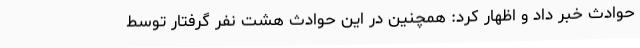
حوادث خبر داد و اظهار کرد: همچنین در این حوادث هشت نفر گرفتار توسط